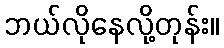
ဘယ်လိုနေလို့တုန်း။